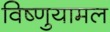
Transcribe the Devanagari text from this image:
विष्णुयामल